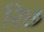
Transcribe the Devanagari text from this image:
रिछ